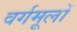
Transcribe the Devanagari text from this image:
वर्गमूलों